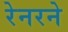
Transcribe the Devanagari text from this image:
रेनरने